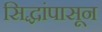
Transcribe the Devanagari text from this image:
सिद्धांपासून